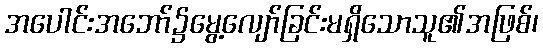
အပေါင်းအဘော်၌မွေ့လျော်ခြင်းမရှိသောသူ၏အဖြစ်၊